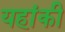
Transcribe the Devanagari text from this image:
यहांकी